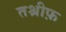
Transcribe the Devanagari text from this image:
तश्रीफ़